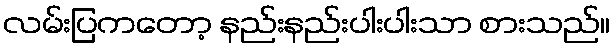
လမ်းပြကတော့ နည်းနည်းပါးပါးသာ စားသည်။